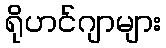
ရိုဟင်ဂျာများ